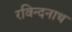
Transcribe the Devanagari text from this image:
रविन्दनाथ